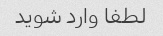
لطفا وارد شوید